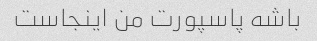
باشه پاسپورت من اینجاست